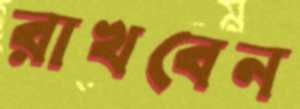
রাখবেন